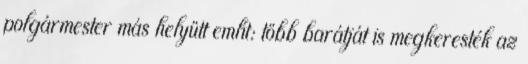
polgármester más helyütt említ: több barátját is megkeresték az